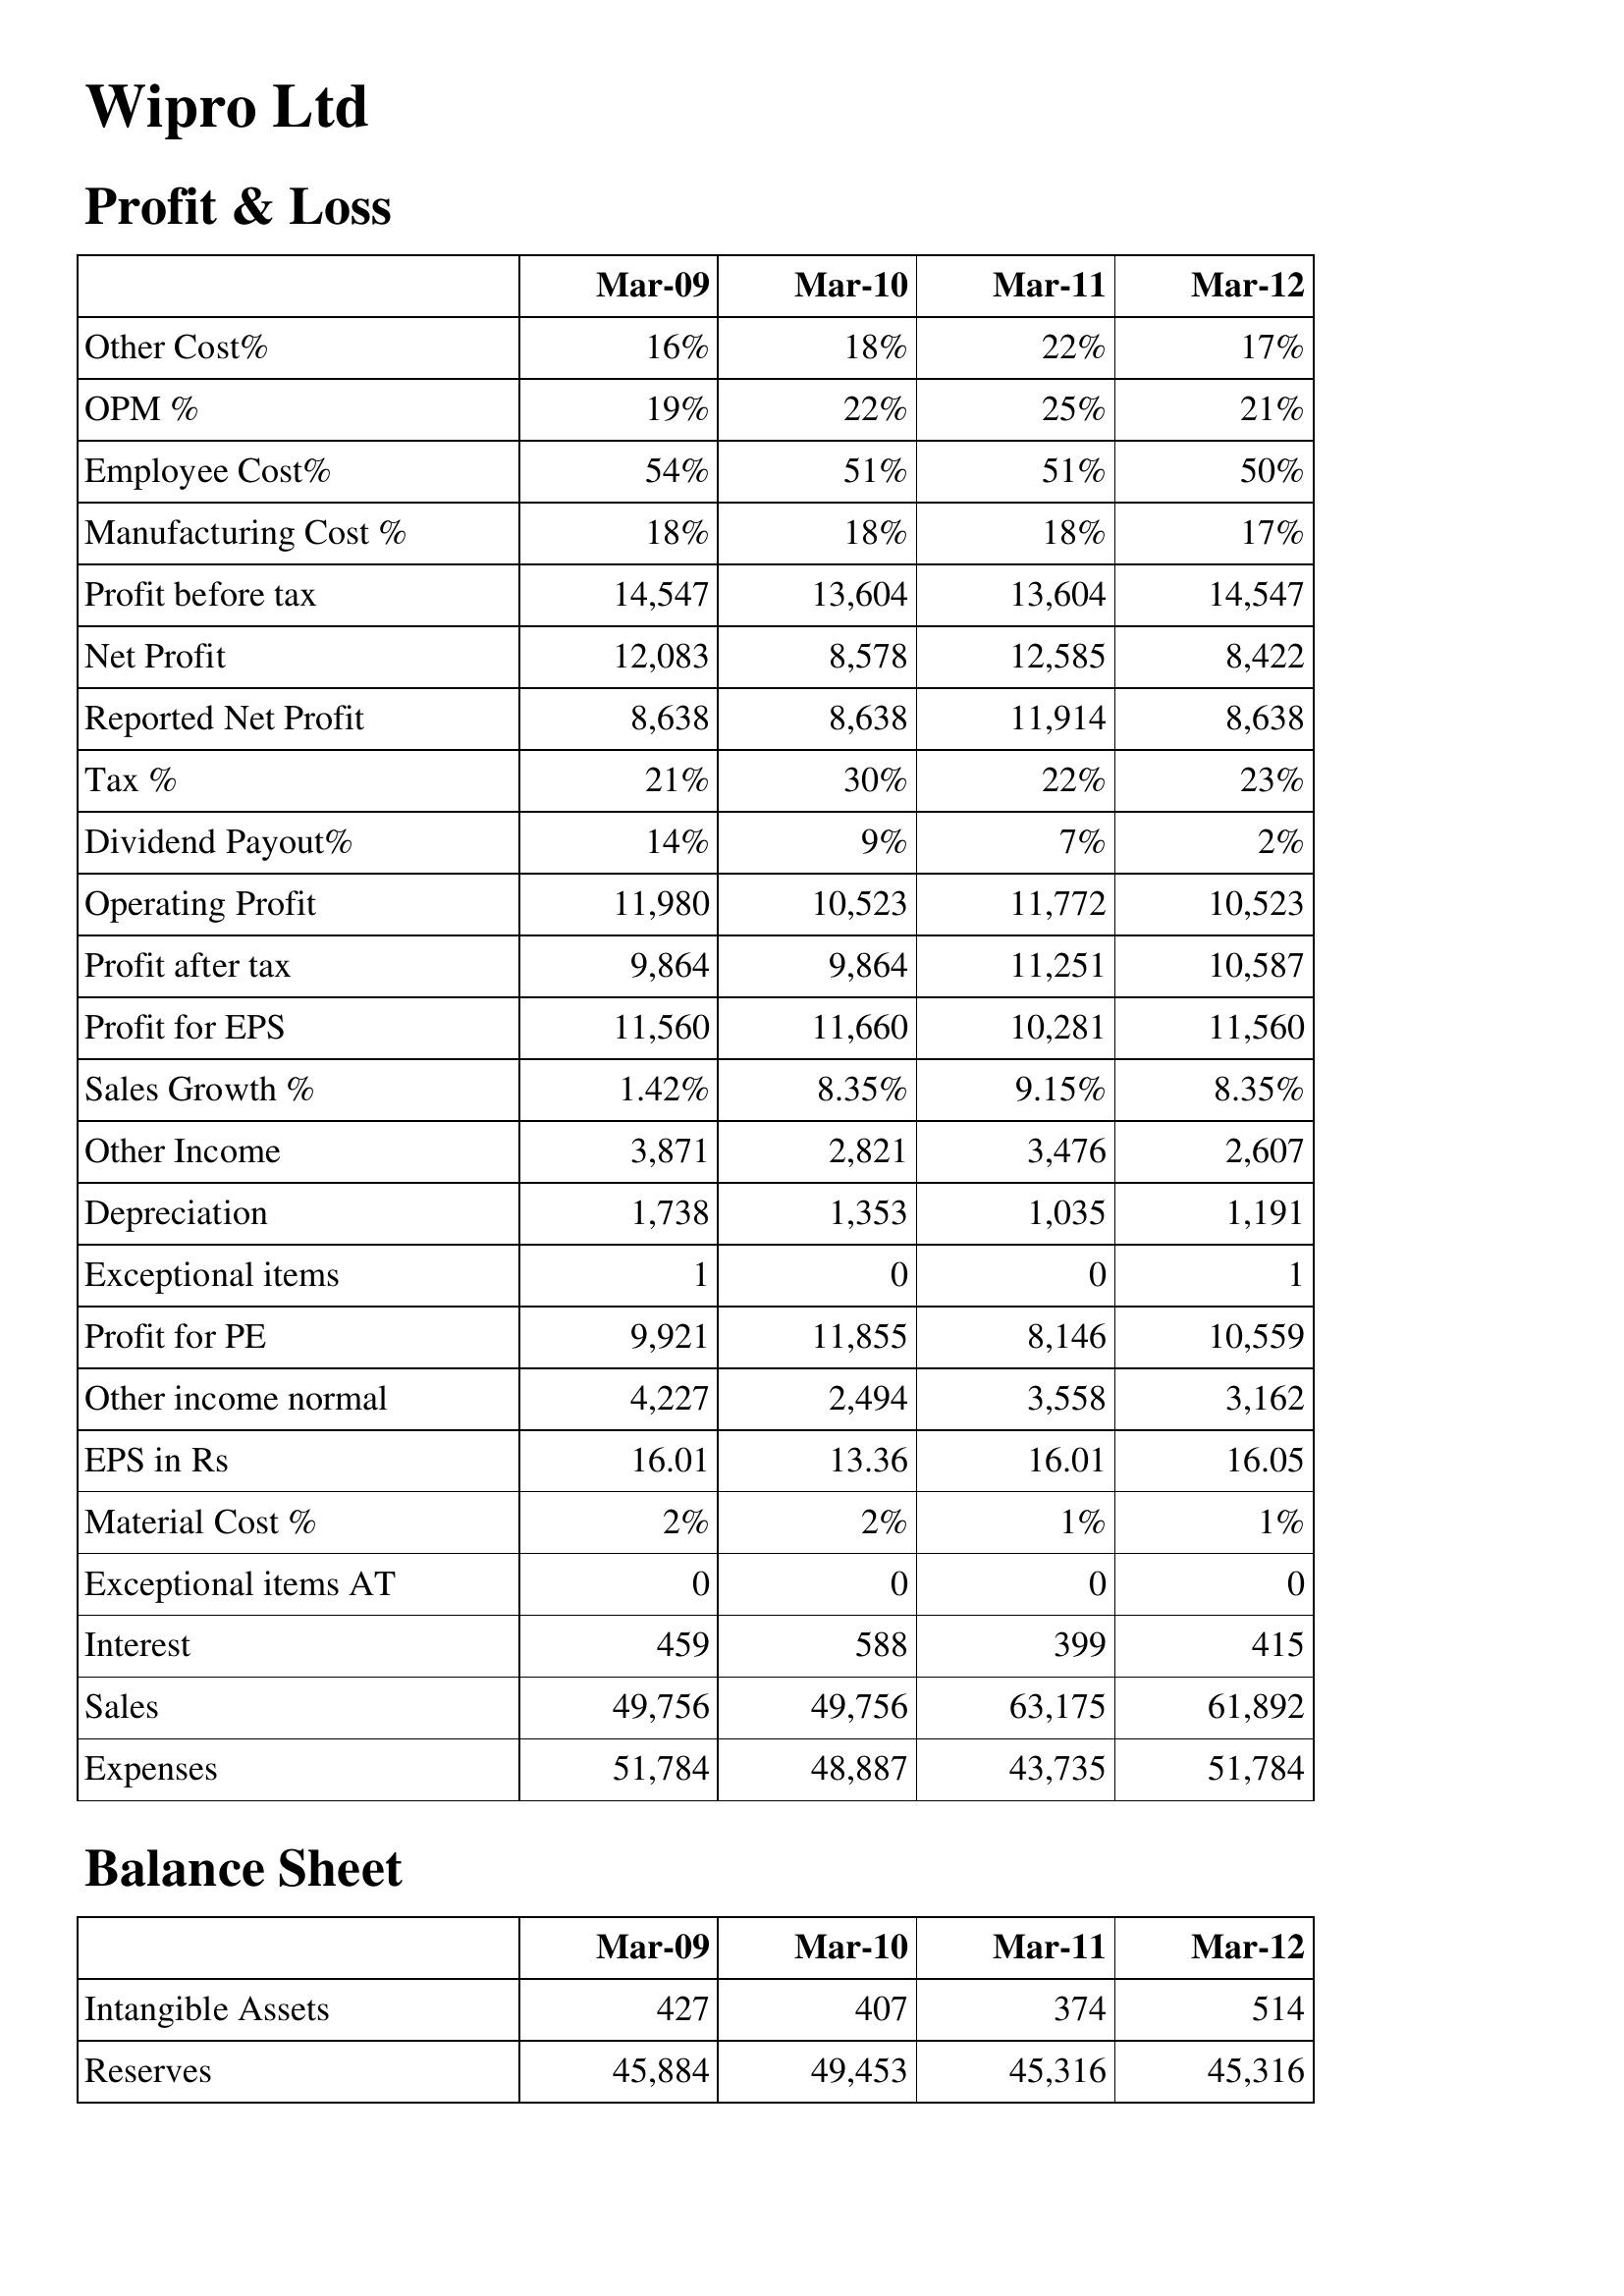
Mar-09: Profit & Loss: Other Cost%: 16%
OPM %: 19%
Employee Cost%: 54%
Manufacturing Cost %: 18%
Profit before tax: 14,547
Net Profit: 12,083
Reported Net Profit: 8,638
Tax %: 21%
Dividend Payout%: 14%
Operating Profit: 11,980
Profit after tax: 9,864
Profit for EPS: 11,560
Sales Growth %: 1.42%
Other Income: 3,871
Depreciation: 1,738
Exceptional items: 1
Profit for PE: 9,921
Other income normal: 4,227
EPS in Rs: 16.01
Material Cost %: 2%
Exceptional items AT: 0
Interest: 459
Sales: 49,756
Expenses: 51,784
Balance Sheet: Intangible Assets: 427
Reserves: 45,884
Mar-10: Profit & Loss: Other Cost%: 18%
OPM %: 22%
Employee Cost%: 51%
Manufacturing Cost %: 18%
Profit before tax: 13,604
Net Profit: 8,578
Reported Net Profit: 8,638
Tax %: 30%
Dividend Payout%: 9%
Operating Profit: 10,523
Profit after tax: 9,864
Profit for EPS: 11,660
Sales Growth %: 8.35%
Other Income: 2,821
Depreciation: 1,353
Exceptional items: 0
Profit for PE: 11,855
Other income normal: 2,494
EPS in Rs: 13.36
Material Cost %: 2%
Exceptional items AT: 0
Interest: 588
Sales: 49,756
Expenses: 48,887
Balance Sheet: Intangible Assets: 407
Reserves: 49,453
Mar-11: Profit & Loss: Other Cost%: 22%
OPM %: 25%
Employee Cost%: 51%
Manufacturing Cost %: 18%
Profit before tax: 13,604
Net Profit: 12,585
Reported Net Profit: 11,914
Tax %: 22%
Dividend Payout%: 7%
Operating Profit: 11,772
Profit after tax: 11,251
Profit for EPS: 10,281
Sales Growth %: 9.15%
Other Income: 3,476
Depreciation: 1,035
Exceptional items: 0
Profit for PE: 8,146
Other income normal: 3,558
EPS in Rs: 16.01
Material Cost %: 1%
Exceptional items AT: 0
Interest: 399
Sales: 63,175
Expenses: 43,735
Balance Sheet: Intangible Assets: 374
Reserves: 45,316
Mar-12: Profit & Loss: Other Cost%: 17%
OPM %: 21%
Employee Cost%: 50%
Manufacturing Cost %: 17%
Profit before tax: 14,547
Net Profit: 8,422
Reported Net Profit: 8,638
Tax %: 23%
Dividend Payout%: 2%
Operating Profit: 10,523
Profit after tax: 10,587
Profit for EPS: 11,560
Sales Growth %: 8.35%
Other Income: 2,607
Depreciation: 1,191
Exceptional items: 1
Profit for PE: 10,559
Other income normal: 3,162
EPS in Rs: 16.05
Material Cost %: 1%
Exceptional items AT: 0
Interest: 415
Sales: 61,892
Expenses: 51,784
Balance Sheet: Intangible Assets: 514
Reserves: 45,316